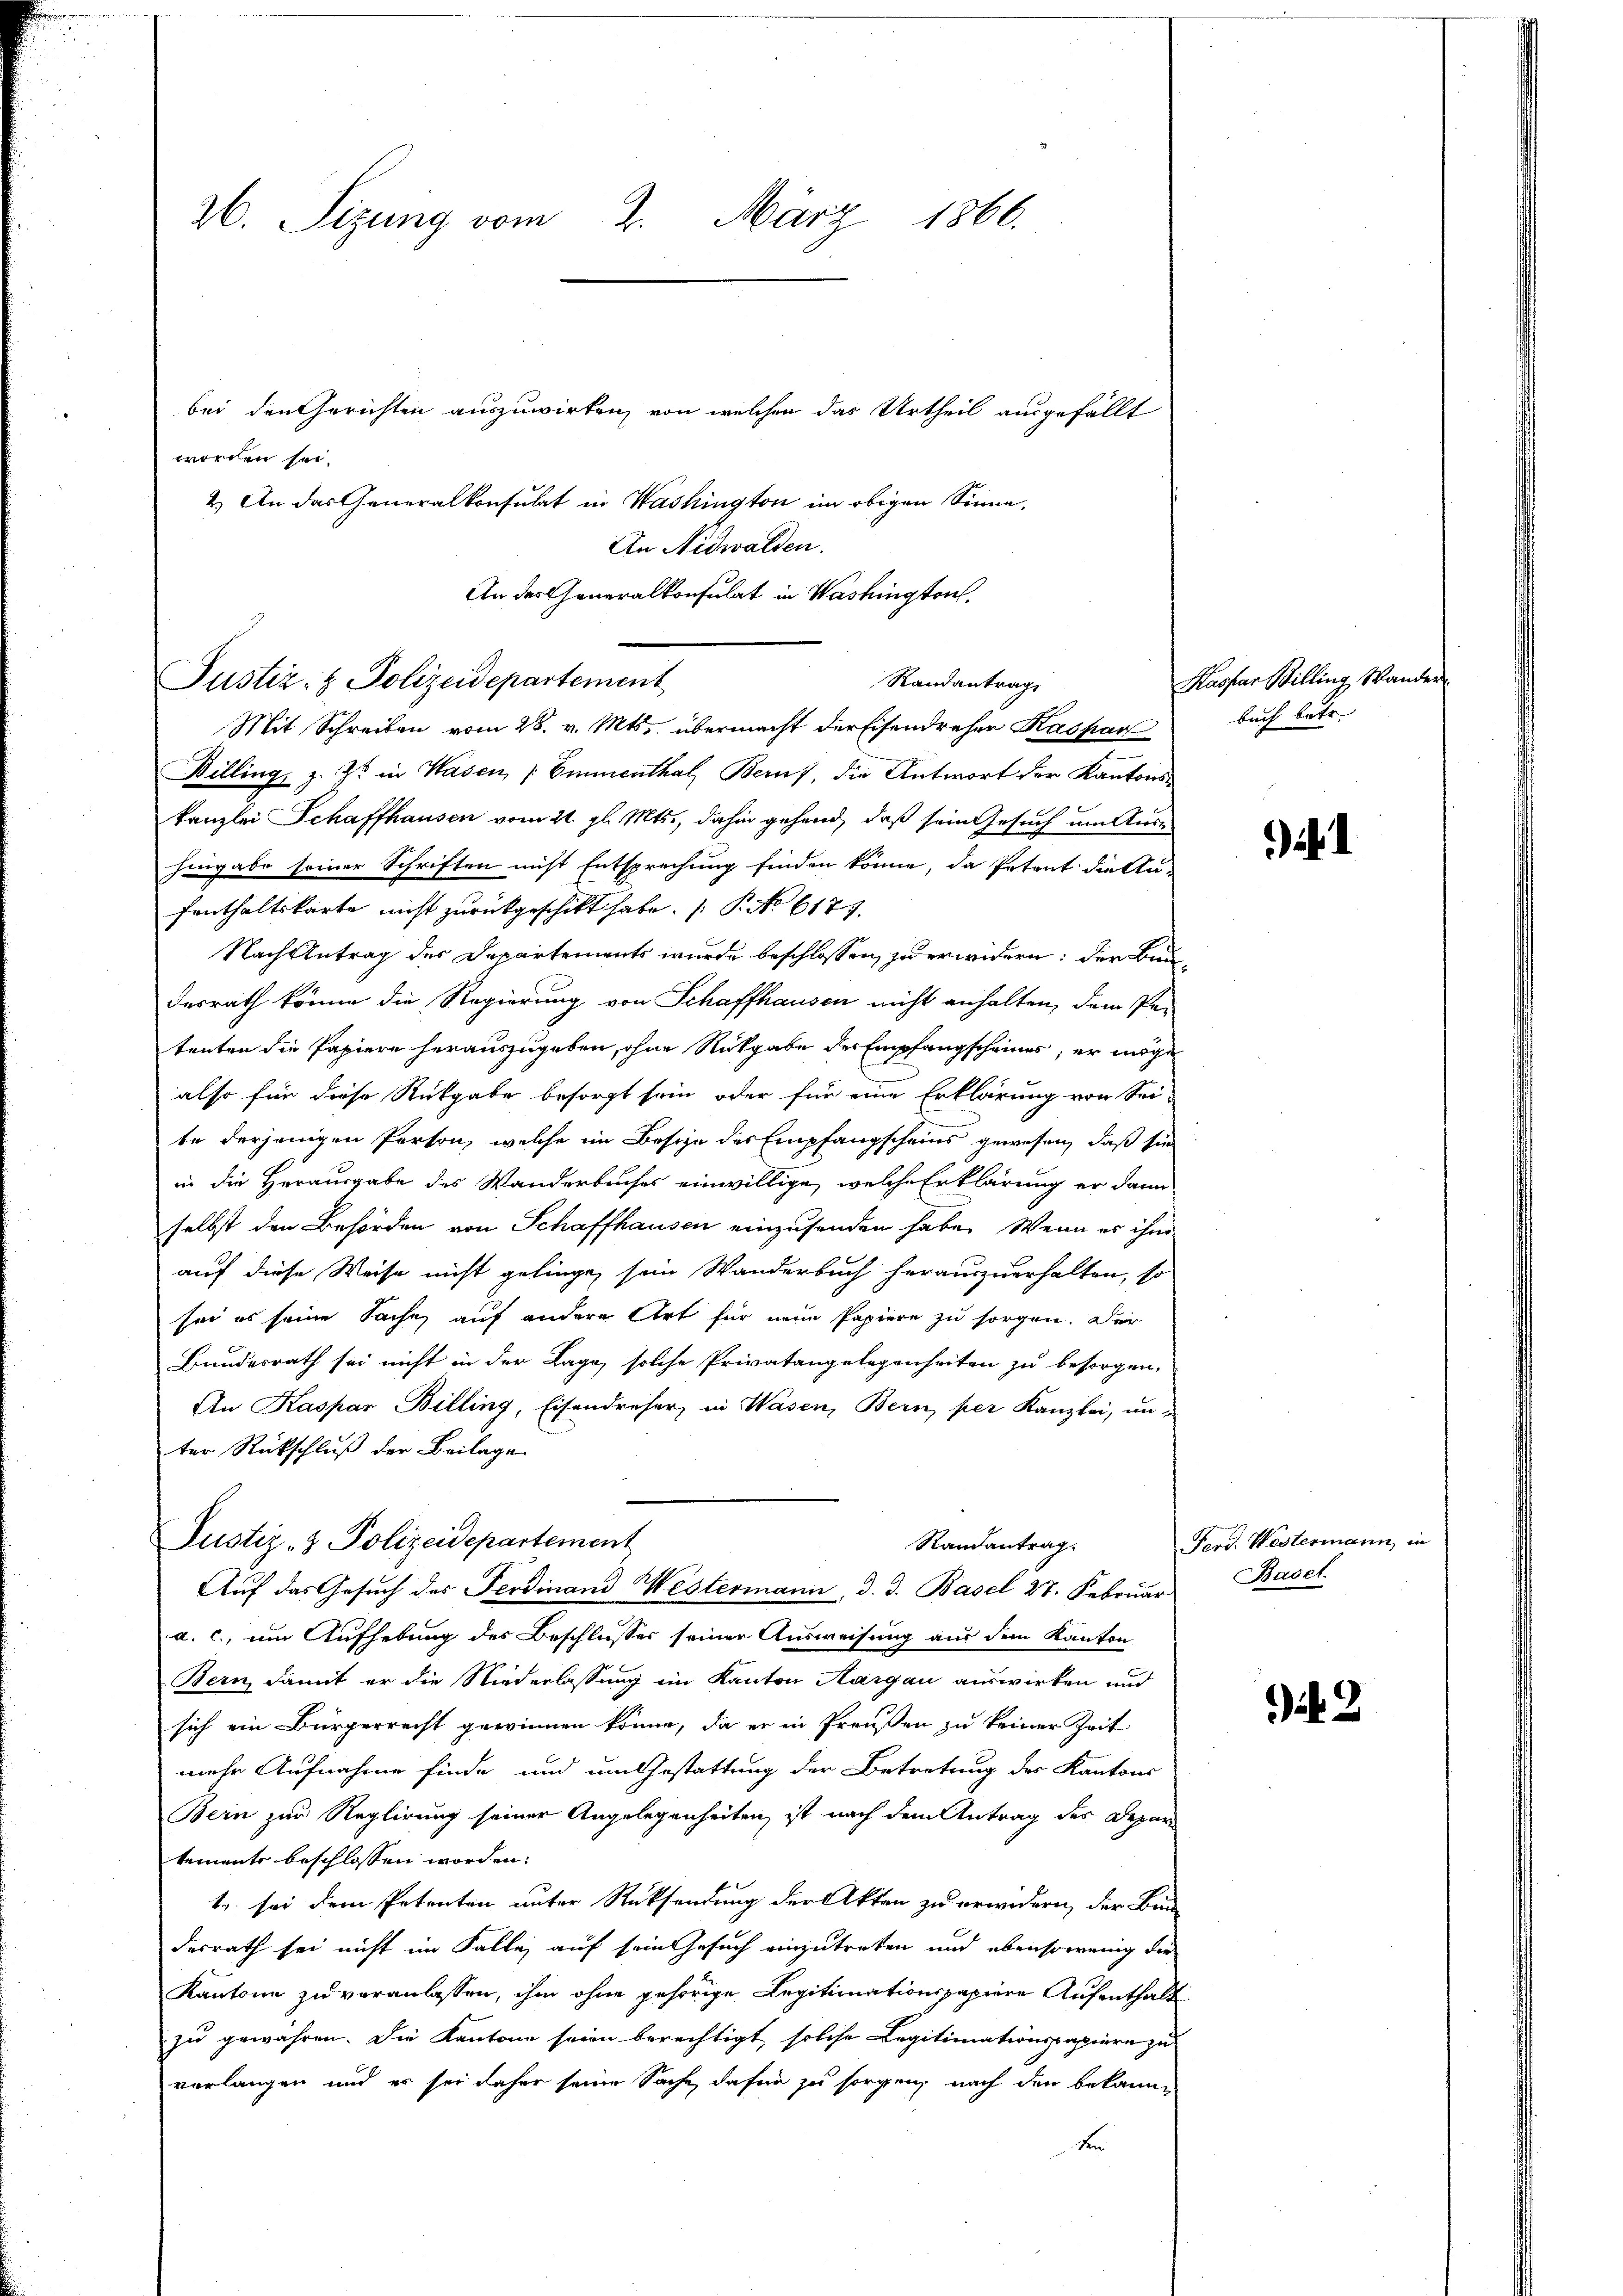
26. Sizung vom 2. März 1866.
bei den Gerichten auszuwirken, von welchen das Urtheil ausgefällt
worden sei.

2.) An das Generalkonsulat in Washington im obigen Sinne,
An Nidwalden.
An des Generalkonsulat in Washington,

Justiz- & Polizeidepartement
Randantrag
Mit Schreiben vom 28. v. Mts. übermacht der Eisendrehen Kaspar

Billing, z. Zt. in Wasen, Emmenthal, Beruf, die Antwort der Kantons-
kanzlei Schaffhausen vom 21. gl. Mts., dahin gehend, daß sein Gesuch um Aushingabe seiner Schriften nicht Entsprechung finden könne, da Petent die An-
fenthaltskarte nicht zurückgeschikt habe. (: P. No 6177.
Nach Antrag des Departements wurde beschlossen, zu erwidern: der Bundesrath könne die Regierung von Schaffhausen nicht anhalten, dem Petenten die Papiere herauszugeben, ohne Rückgabe der Empfangscheines, er möge
also für diese Rückgabe besorgt sein, oder für eine Erklärung von Sei-
te derjenigen Person, welche im Besche des Empfangscheins gewesen, daß sie
in die Herausgabe des Wanderbuches einwillige, welche Erklärung er dann
selbst den Behörden von Schaffhausen einzusenden habe. Wenn es ihm
auf diese Weise nicht gelinge, sein Wanderbuch herauszuerhalten, so
sei es seine Sache auf andere Art für mein Papiere zu sorgen. Der
Bundesrath sei nicht in der Lage, solche Privatangelegenheiten zu besorgen.
An Kaspar Billing, Eisendreser, in Wasen, Bern, per Kanzlei, unter Rückschluß der Beilage
Justiz- & Polizeidepartement
Randantrag.
Auf das Gesuch des Ferdinand Westermann, d. d. Basel 27. Februar
a. c., um Aufhebung des Beschlusses seiner Ausweisung aus dem Kanton
Bern, damit er die Niederlassung ein Kanton Aargau auswirken und
sich ein Bürgerrecht gewinnen könne, da er in Preußen zu keiner Zeit
mehr Aufnahme finde und um Gestattung der Betretung der Kantons
Bein zur Reglirung seiner Angelegenheiten, ist nach dem Antrag des Departements beschlossen worden:
t sei dem Petenten unter Rücksendung der Akten zu erwidern, der Bun
desrath sei nicht im Falle auf sein Gesuch einzutreten und ebensowenig die
Kantone zu veranlassen, ihm ohne gehörige Legitimationspapiere Aufenthalt
zu gewähren. Die Kantone seien berechtigt, solche Legitimationspapiere zu
vorlangen und es sei daher seine Sache, dafür zu sorgen, nach den bekann
t

Kaspar Billing Wander
buch betr.

i.

2

Ferd. Westermann, u
Basel.